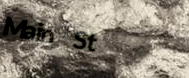
Main St